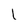
Character: l